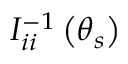
I _ { i i } ^ { - 1 } \left( \boldsymbol { \theta } _ { s } \right)